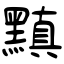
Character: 黰